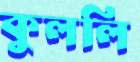
কুললি